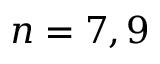
n = 7 , 9